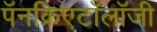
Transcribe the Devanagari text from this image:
पॅनक्रिएटॉलॉजी